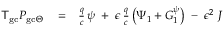
\begin{array} { r l r } { { \sf T } _ { \mathrm { g c } } P _ { \mathrm { g c } \Theta } } & { { } = } & { \frac { q } { c } \, \psi \; + \; \epsilon \, \frac { q } { c } \left( \Psi _ { 1 } + G _ { 1 } ^ { \psi } \right) \; - \; \epsilon ^ { 2 } \; J } \end{array}